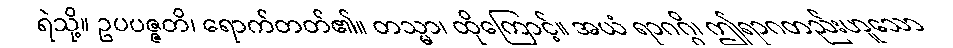
ရဲသို့။ ဥပပဇ္ဇတိ၊ ရောက်တတ်၏။ တသ္မာ၊ ထိုကြောင့်။ အယံ ရာဂဂ္ဂိ၊ ဤရာဂတည်းဟူသော